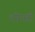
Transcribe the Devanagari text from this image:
थॉमसी